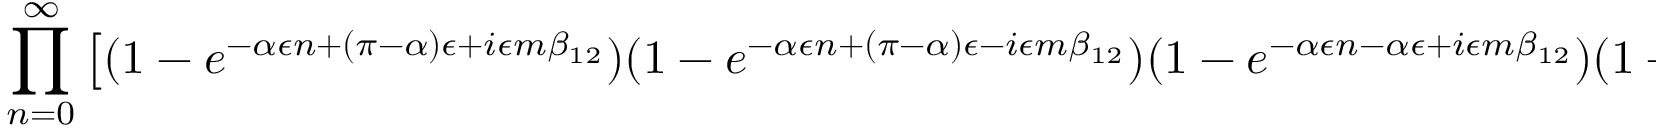
\prod _ { n = 0 } ^ { \infty } \left[ ( 1 - e ^ { - \alpha \epsilon n + ( \pi - \alpha ) \epsilon + i \epsilon m \beta _ { 1 2 } } ) ( 1 - e ^ { - \alpha \epsilon n + ( \pi - \alpha ) \epsilon - i \epsilon m \beta _ { 1 2 } } ) ( 1 - e ^ { - \alpha \epsilon n - \alpha \epsilon + i \epsilon m \beta _ { 1 2 } } ) ( 1 - e ^ { - \alpha \epsilon n - \alpha \epsilon - i \epsilon m \beta _ { 1 2 } } ) \right] .